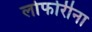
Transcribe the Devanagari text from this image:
लोफोरीना